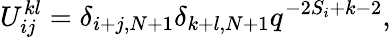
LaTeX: U_{ij}^{kl}=\delta_{i+j,N+1}\delta_{k+l,N+1}q^{-2S_{i}+k-2},